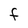
Character: F